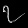
Digit: ၇